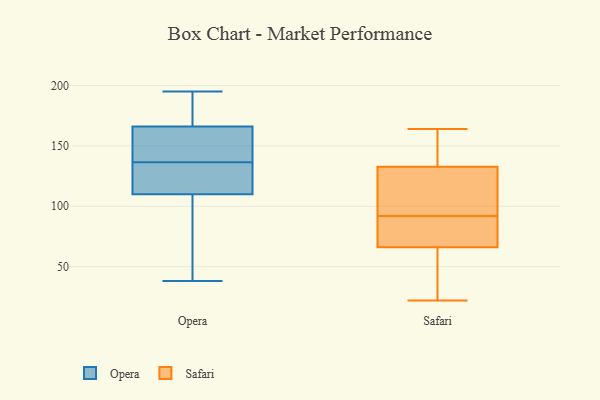
{"axis": {"x": "Waste Production (Tons)", "y": "Value"}, "legend": ["Opera", "Safari"], "data": [{"x": "", "y": 179, "type": "Opera"}, {"x": "", "y": 92, "type": "Opera"}, {"x": "", "y": 129, "type": "Opera"}, {"x": "", "y": 132, "type": "Opera"}, {"x": "", "y": 169, "type": "Opera"}, {"x": "", "y": 38, "type": "Opera"}, {"x": "", "y": 144, "type": "Opera"}, {"x": "", "y": 163, "type": "Opera"}, {"x": "", "y": 195, "type": "Opera"}, {"x": "", "y": 41, "type": "Opera"}, {"x": "", "y": 128, "type": "Opera"}, {"x": "", "y": 141, "type": "Opera"}, {"x": "", "y": 22, "type": "Safari"}, {"x": "", "y": 117, "type": "Safari"}, {"x": "", "y": 127, "type": "Safari"}, {"x": "", "y": 80, "type": "Safari"}, {"x": "", "y": 66, "type": "Safari"}, {"x": "", "y": 92, "type": "Safari"}, {"x": "", "y": 161, "type": "Safari"}, {"x": "", "y": 150, "type": "Safari"}, {"x": "", "y": 122, "type": "Safari"}, {"x": "", "y": 91, "type": "Safari"}, {"x": "", "y": 82, "type": "Safari"}, {"x": "", "y": 164, "type": "Safari"}, {"x": "", "y": 56, "type": "Safari"}, {"x": "", "y": 66, "type": "Safari"}, {"x": "", "y": 22, "type": "Safari"}, {"x": "", "y": 164, "type": "Safari"}, {"x": "", "y": 113, "type": "Safari"}]}